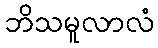
ဘိသမူလာလံ